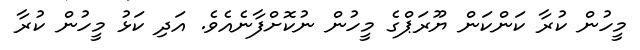
މީހުން ކުރާ ކަންކަން ޔޫރަޕްގެ މީހުން ނުކޮށްފާނެއެވެ. އަދި ކަޅު މީހުން ކުރާ